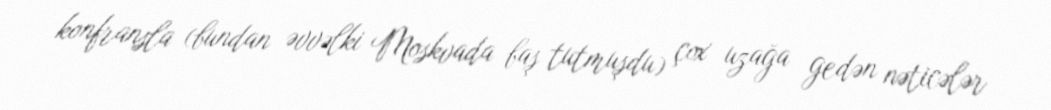
konfransla (bundan əvvəlki Moskvada baş tutmuşdu) çox uzağa gedən nəticələr